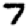
Digit: 7